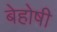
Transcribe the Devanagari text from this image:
बेहोषी